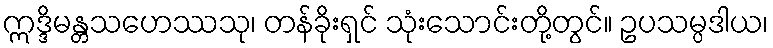
ဣဒ္ဒိမန္တသဟေဿသု၊ တန်ခိုးရှင် သုံးသောင်းတို့တွင်။ ဥပသမ္ပဒါယ၊